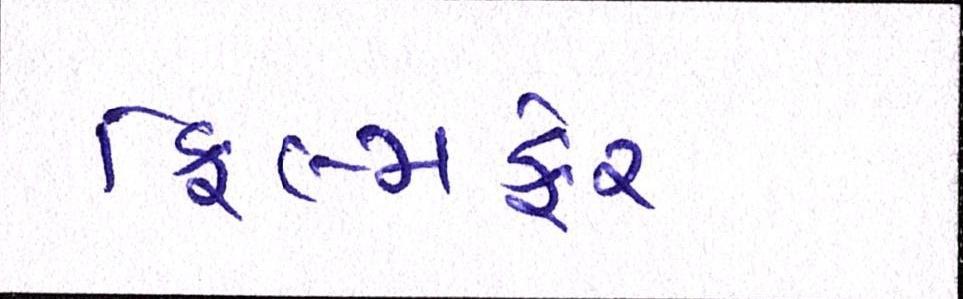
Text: ફિલ્મફેર